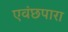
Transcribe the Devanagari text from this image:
एवंछपारा